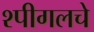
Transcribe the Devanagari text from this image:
श्पीगलचे